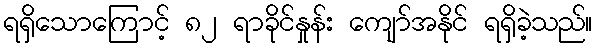
ရရှိသောကြောင့် ၈၂ ရာခိုင်နှုန်း ကျော်အနိုင် ရရှိခဲ့သည်။